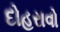
દોહરાવો